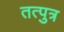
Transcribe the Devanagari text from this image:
तत्पुत्र